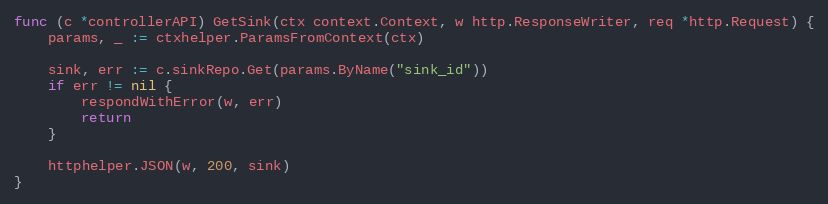
Language: Go
func (c *controllerAPI) GetSink(ctx context.Context, w http.ResponseWriter, req *http.Request) {
	params, _ := ctxhelper.ParamsFromContext(ctx)

	sink, err := c.sinkRepo.Get(params.ByName("sink_id"))
	if err != nil {
		respondWithError(w, err)
		return
	}

	httphelper.JSON(w, 200, sink)
}